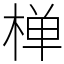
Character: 椫